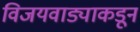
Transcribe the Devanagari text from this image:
विजयवाड्याकडून